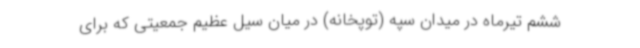
ششم تیرماه در میدان سپه (توپخانه) در میان سیل عظیم جمعیتی که برای